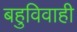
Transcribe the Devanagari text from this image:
बहुविवाही